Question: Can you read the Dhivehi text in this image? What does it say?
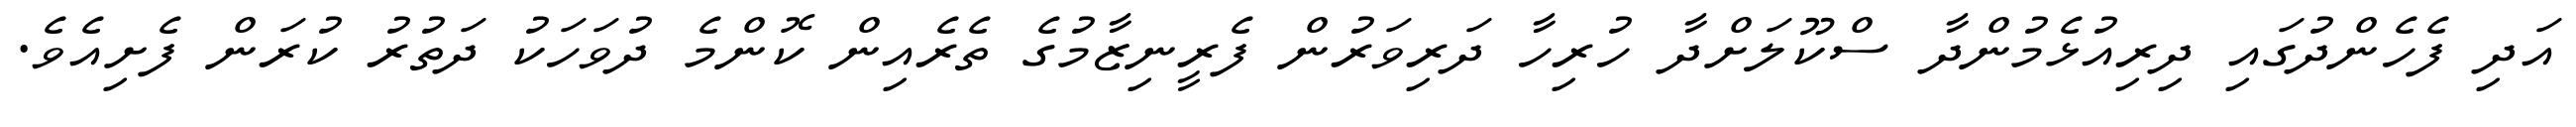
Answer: އަދި ފެހެންދުގައި ދިރިއުޅެމުންދާ ސްކޫލަށްދާ ހުރިހާ ދަރިވަރުން ފެރީނިޒާމުގެ ތެރެއިން ކޮންމެ ދުވަހަކު ދަތުރު ކުރަން ފެށިއެވެ.